Indian journal of veterinary science and animal husbandry - Volume 10,
Year: 1940
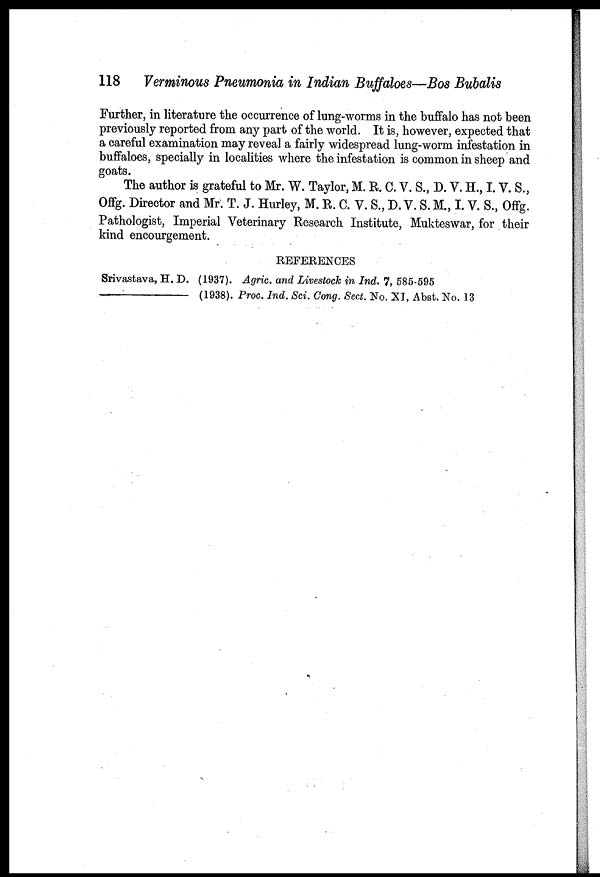
118 Verminous Pneumonia in Indian Buffaloes—Bos Bubalis
Further, in literature the occurrence of lung-worms in the buffalo has not been
previously reported from any part of the world. It is, however, expected that
a careful examination may reveal a fairly widespread lung-worm infestation in
buffaloes, specially in localities where the infestation is common in sheep and
goats.
The author is grateful to Mr. W. Taylor, M. R. C. V. S., D. V. H., I. V. S.,
Offg. Director and Mr. T. J. Hurley, M. R. C. V. S., D. V. S. M., I. V. S., Offg.
Pathologist, Imperial Veterinary Research Institute, Mukteswar, for their
kind encourgement.
REFERENCES
Srivastava, H. D. (1937). Agric. and Livestock in Ind. 7, 585-595
—
(1938). Proc. Ind. Sci. Cong. Sect. No. XI, Abst. No. 13